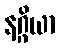
နဂ္ဂိယာ